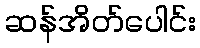
ဆန်အိတ်ပေါင်း